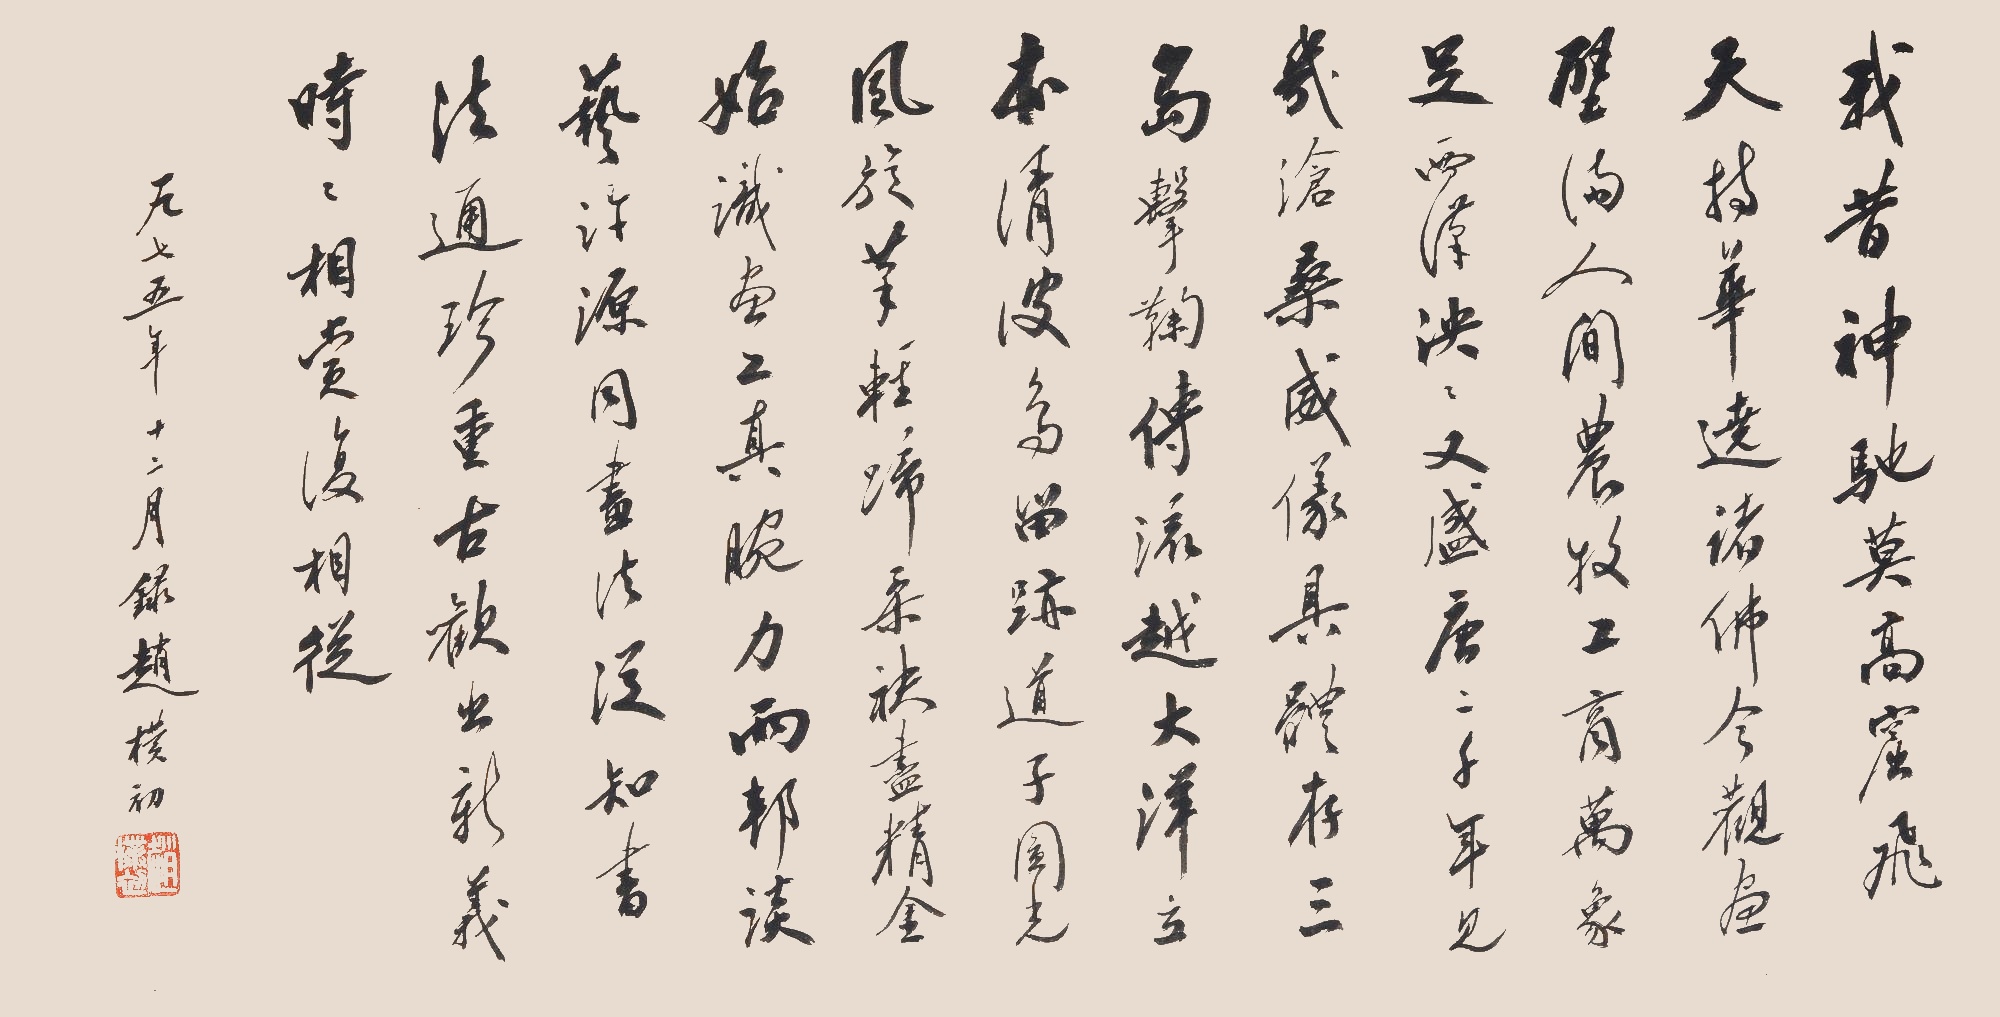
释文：我昔神驰莫高窟，飞天持花绕诸佛。今观画壁展人间，农牧工商万象足。西汉泱泱又盛唐，二千年见几沧桑。威仪具体存三岛，击踘传流越大洋。立本清波鸟留迹，道子圆光风旋笔。轻蹄柔袂尽精金。始识画工真腕力。两邦谈艺许源同，画法泛知书法通。珍重古欢出新义，时时相赏复相从。一九七五年十二月录赵朴初